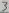
Text: 3